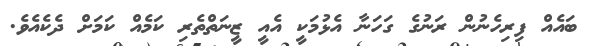
ބައެއް ފިރިހެނުން ރަނުގެ ގަހަނާ އެޅުމަކީ އެއީ ޒީނަތްތެރި ކަމެއް ކަމަށް ދެކެއެވެ.